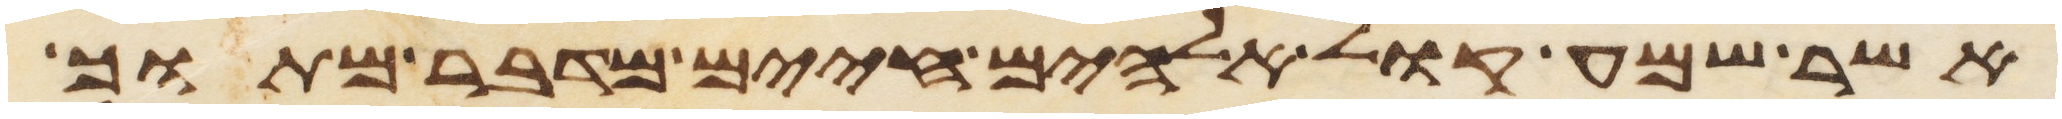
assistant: אשר שמע קול אלהים חיים מדבר מתוך